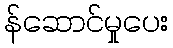
န်ဆောင်မှုပေး